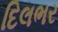
દિલભર